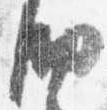
納